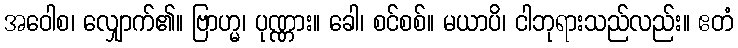
အဝေါစ၊ လျှောက်၏။ ဗြာဟ္မ၊ ပုဏ္ဏား။ ခေါ၊ စင်စစ်။ မယာပိ၊ ငါဘုရားသည်လည်း။ ဧတံ